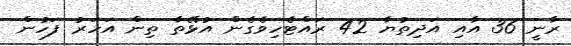
ރާނީ 36 އާއި އަދިތުޔާ 42 ރައްޓެހިވެގެން އުޅޭތާ ތިން އަހަރު ފަހުން